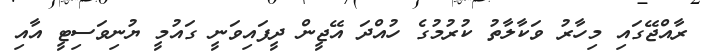
ރާއްޖޭގައި މިހާރު ވަކާލާތު ކުރުމުގެ ހުއްދަ އޭޖީން ދީފައިވަނީ ގައުމީ ޔުނިވަސިޓީ އާއި